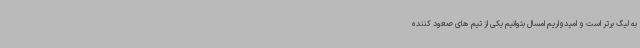
به لیگ برتر است و امیدواریم امسال بتوانیم یکی از تیم های صعود کننده